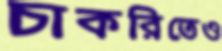
চাকরিতেও